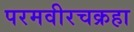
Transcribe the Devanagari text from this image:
परमवीरचक्रहा